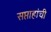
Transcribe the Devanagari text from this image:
सप्ताहांची